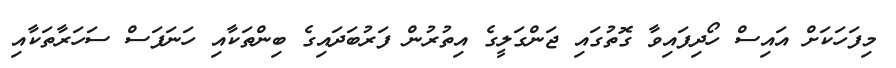
މިފަހަކަށް އައިސް ހޯދިފައިވާ ގޮތުގައި ޖަންގަލީގެ އިތުރުން ފަރުބަދައިގެ ބިންތަކާއި ހަނަފަސް ސަހަރާތަކާއި